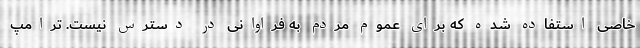
خاصی استفاده شده که برای عموم مردم به فراوانی در دسترس نیست. ترامپ